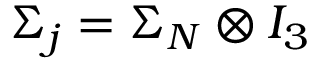
\Sigma _ { j } = \Sigma _ { N } \otimes I _ { 3 }